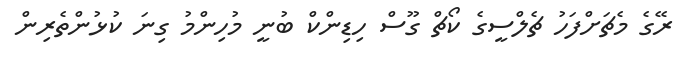
ރޭގެ މެޗަށްފަހު ޗެލްސީގެ ކޯޗް ގޫސް ހިޑިންކް ބުނީ މުހިންމު ގިނަ ކުޅުންތެރިން